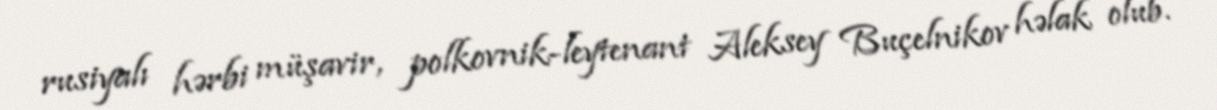
rusiyalı hərbi müşavir, polkovnik-leytenant Aleksey Buçelnikov həlak olub.